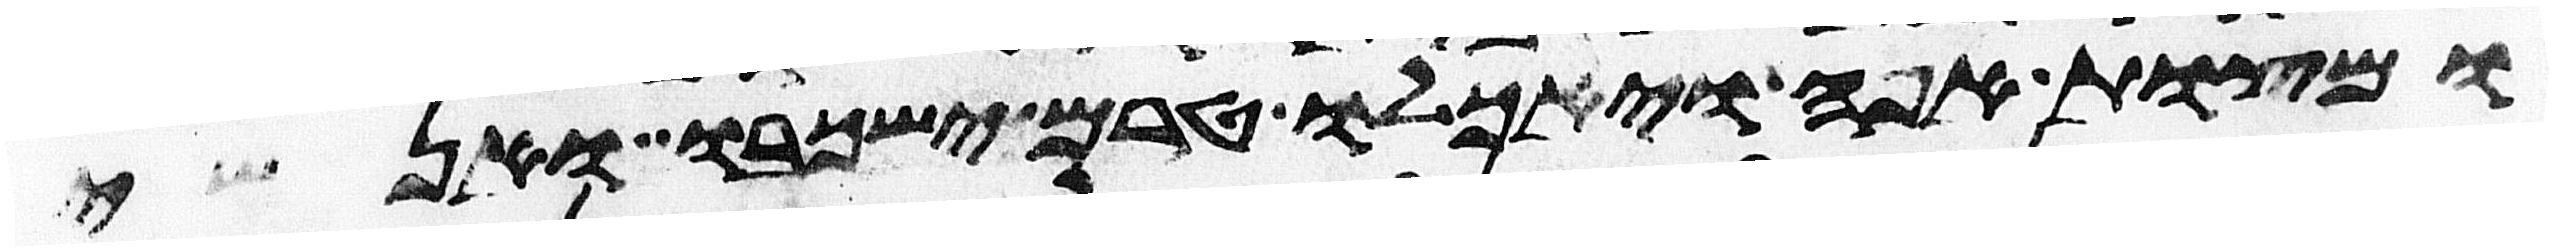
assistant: ומצות אפה ויאכלו טרם ישכבו אנשי